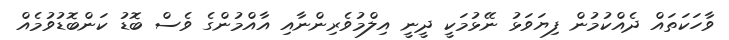
ވާހަކަތައް ދެއްކުމުން ފިޔަވަޅު ނޭޅުމަކީ ދީނީ އިލްމުވެރިންނާއި އާއްމުންގެ ވެސް ބޮޑު ކަންބޮޑުވުމެއް